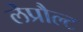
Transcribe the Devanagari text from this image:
लेप्रौल्ट